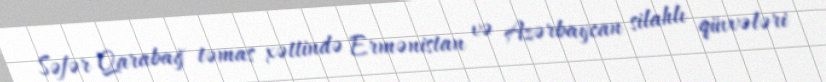
Səfər Qarabağ təmas xəttində Ermənistan və Azərbaycan silahlı qüvvələri